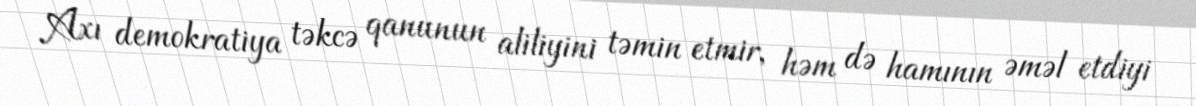
Axı demokratiya təkcə qanunun aliliyini təmin etmir, həm də hamının əməl etdiyi